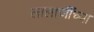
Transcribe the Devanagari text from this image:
लालाजींच्या